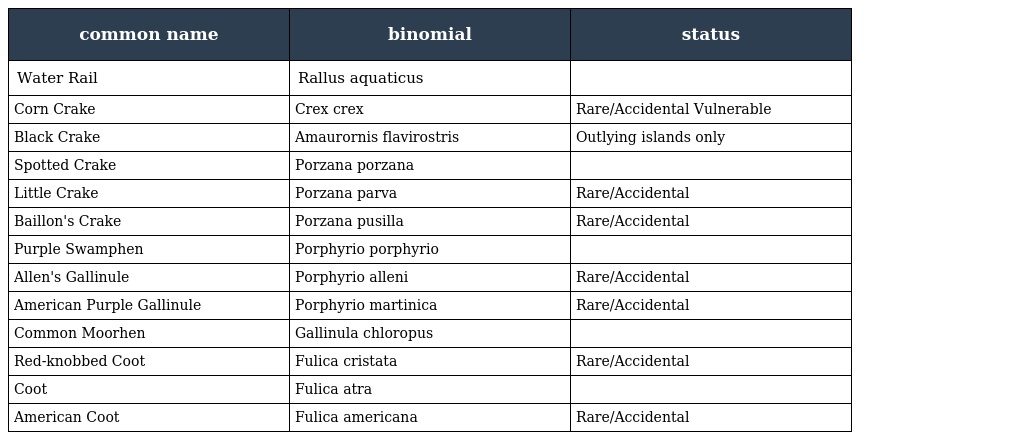
| common name | binomial | status |
 | --- | --- | --- |
 | Water Rail | Rallus aquaticus |  |
 | Corn Crake | Crex crex | Rare/Accidental Vulnerable |
 | Black Crake | Amaurornis flavirostris | Outlying islands only |
 | Spotted Crake | Porzana porzana |  |
 | Little Crake | Porzana parva | Rare/Accidental |
 | Baillon's Crake | Porzana pusilla | Rare/Accidental |
 | Purple Swamphen | Porphyrio porphyrio |  |
 | Allen's Gallinule | Porphyrio alleni | Rare/Accidental |
 | American Purple Gallinule | Porphyrio martinica | Rare/Accidental |
 | Common Moorhen | Gallinula chloropus |  |
 | Red-knobbed Coot | Fulica cristata | Rare/Accidental |
 | Coot | Fulica atra |  |
 | American Coot | Fulica americana | Rare/Accidental |